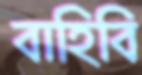
বাহিবি